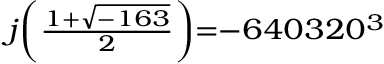
\scriptstyle j \left( { \frac { 1 + { \sqrt { - 1 6 3 } } } { 2 } } \right) = - 6 4 0 3 2 0 ^ { 3 }